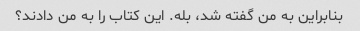
بنابراین به من گفته شد، بله. این کتاب را به من دادند؟